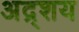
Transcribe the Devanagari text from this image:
अद्र्शय